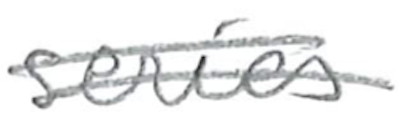
Text: series
Cross-out: double-line
Writing tool: pencil